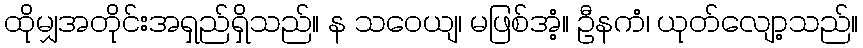
ထိုမျှအတိုင်းအရှည်ရှိသည်။ န သဝေယျ၊ မဖြစ်အံ့။ ဦနကံ၊ ယုတ်လျော့သည်။